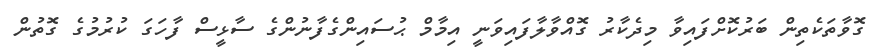
ގޮވާތަކެތިން ބަރުކޮށްފައިވާ މިދެކާރު ގޮއްވާލާފައިވަނީ އިމާމް ޙުސައިންގެފާނުންގެ ސާޅީސް ފާހަގަ ކުރުމުގެ ގޮތުން